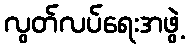
လွတ်လပ်ရေးအဖွဲ့